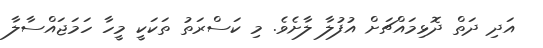
އަދި ދަތް ދޮޅިމައްޗަށް އުފުލާ ލާށެވެ. މި ކަސްރަތު ތަކަކީ މީހާ ހަމަޖައްސާލާ